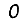
Digit: 0